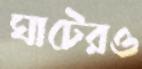
ঘাটেরও